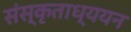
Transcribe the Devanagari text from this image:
संस्कृताध्ययन